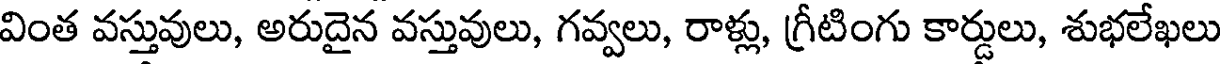
వింత వస్తువులు, అరుదైన వస్తువులు, గవ్వలు, రాళ్లు, గ్రీటింగు కార్డులు, శుభలేఖలు